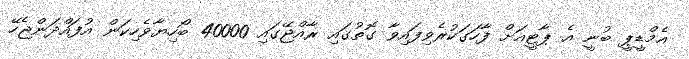
އެމްޑީޕީ ބުނީ އެ ޕާޓީއަށް ފާހަގަކުރެވިފައިވާ ގޮތުގައި ރާއްޖޭގައި 40000 ބޯހިޔާވެހިކަން އުފައްދަންޖެހޭ